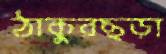
ঠাকুরছড়া